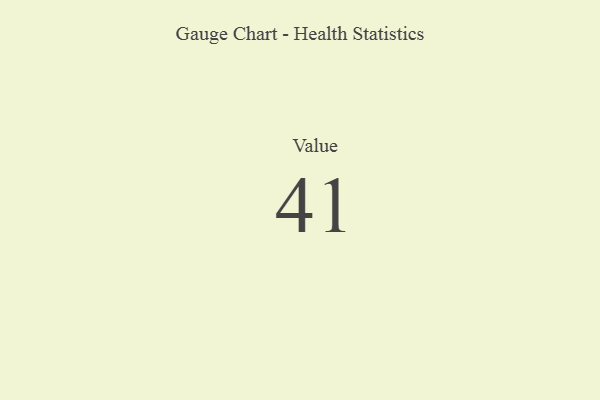
{"axis": {"x": "Metric", "y": "Value"}, "legend": [""], "data": [{"x": "Value", "y": 41, "type": ""}]}